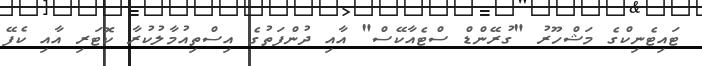
ޓައިޓެނިކްގެ މަޝްހޫރު "ގުރޭންޑް ސްޓެއާކޭސް" އާއި ދުންފަތުގެ އިސްތިއުމާލުކުރާ ކޮޓަރި އާއި ކެފޭ